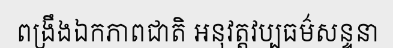
ពង្រឹងឯកភាពជាតិ អនុវត្តវប្បធម៌សន្ទនា